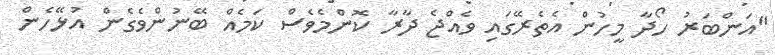
"އަންބަރު ހޯދާ މީހުން އެތެރޭގައި ވެއްޖެ ދާރާ ކޮންމެވެސް ކަމެއް ބޭނުންވެގެން އުޅޭހެން